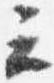
云